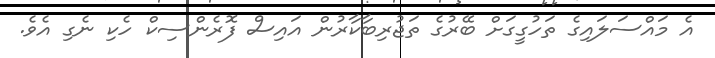
އެ މައްސަލައިގެ ތަހުގީގަށް ބޭރުގެ ތަޖުރިބާކާރުން އައިސް ފޮރެންސިކް ހެކި ނެގި އެވެ.